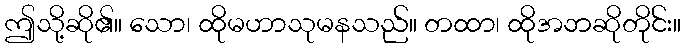
ဤသို့ဆို၏။ သော၊ ထိုမဟာသုမနသည်။ တထာ၊ ထိုအဘဆိုတိုင်း။